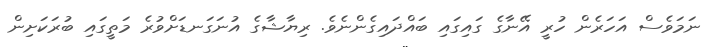
ނަމަވެސް އަހަރެން ހުރީ އޭނާގެ ގައިގައި ބައްދައިގެންނެވެ. ރިޔާޝާގެ އުނަގަނޑަށްވުރެ މަތީގައި ބުރަކަށިން